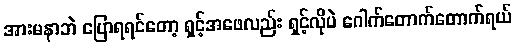
အားမနာဘဲ ပြောရရင်တော့ ရှင့်အဖေလည်း ရှင့်လိုပဲ ဂေါက်တောက်တောက်ရယ်